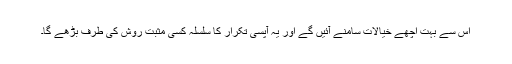
اس سے بہت اچھے خیالات سامنے آئیں گے اور یہ آپسی تکرار کا سلسلہ کسی مثبت روش کی طرف بڑھے گا۔